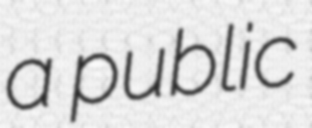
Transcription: a public